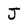
Character: J